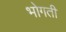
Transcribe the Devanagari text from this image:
भोगती